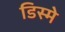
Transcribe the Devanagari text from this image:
डिस्मे